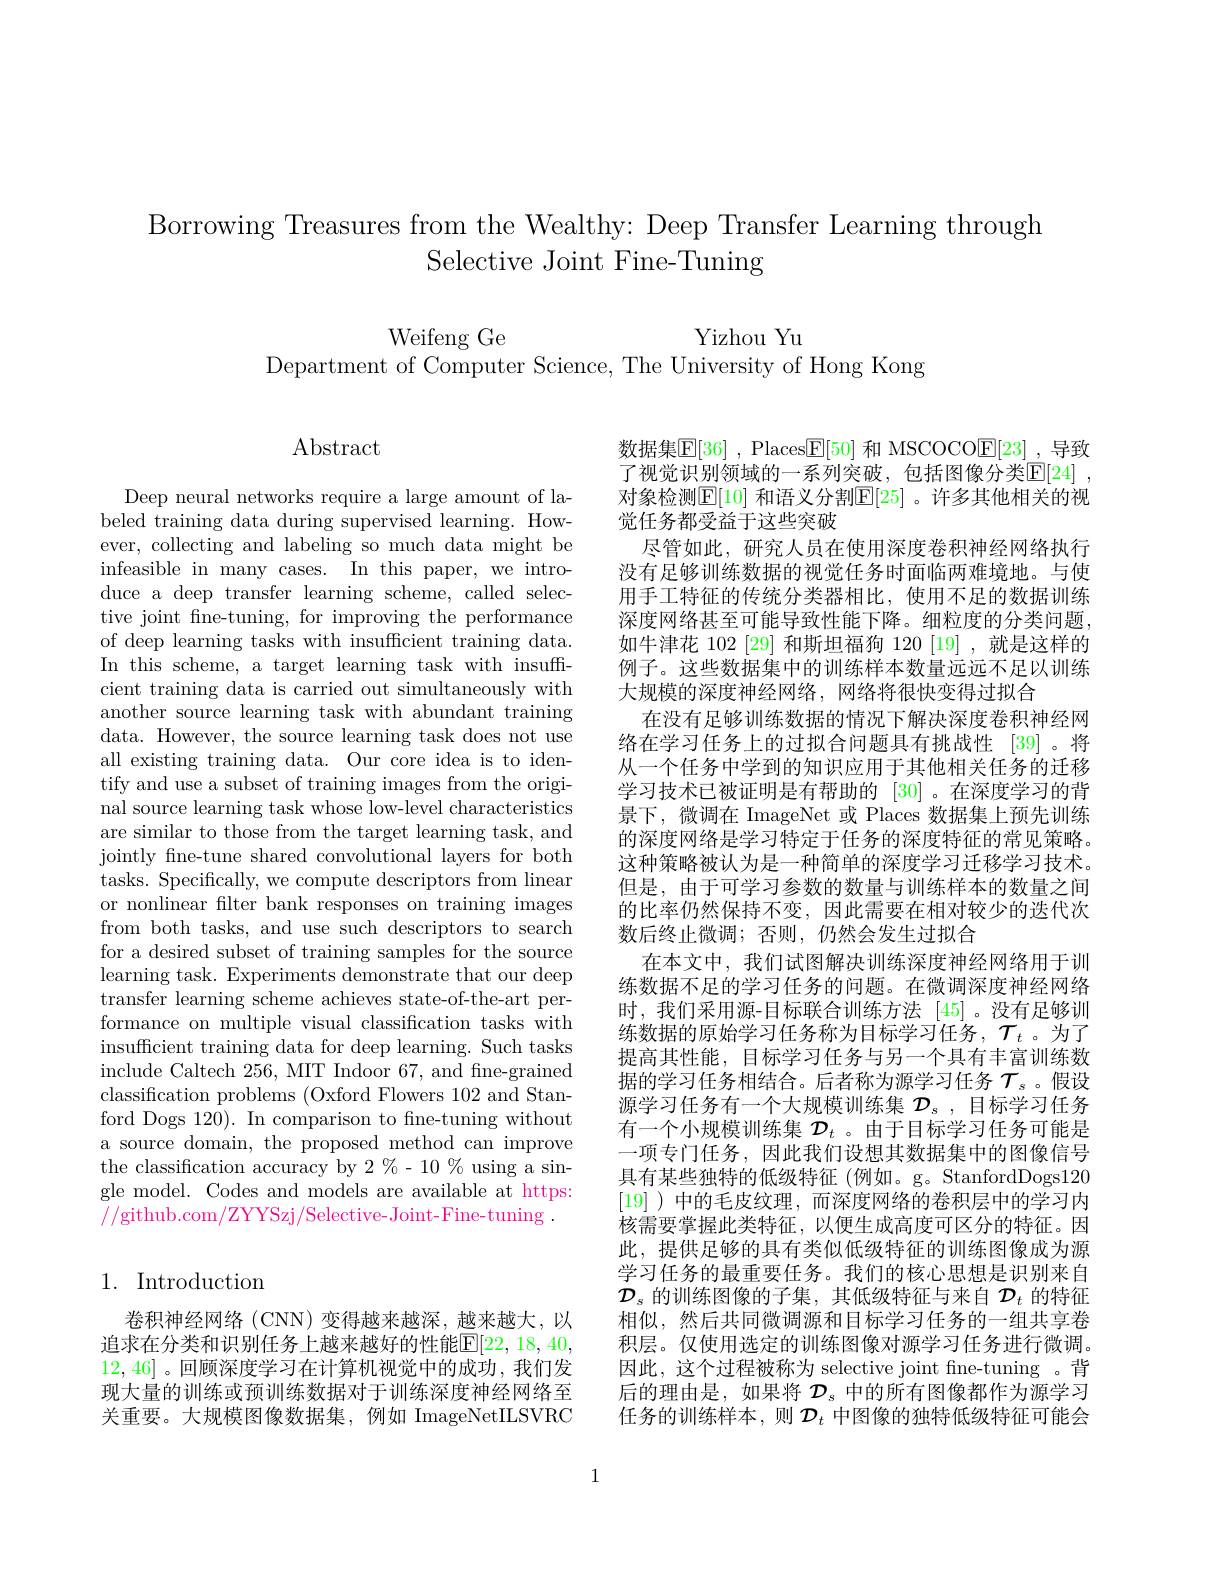
Borrowing Treasures from the Wealthy: Deep Transfer Learning through
Selective Joint Fine-Tuning

Yizhou Yu

Weifeng Ge
Department of Computer Science, The University of Hong Kong

$\operatorname{Abstract}$

Deep neural networks require a large amount of labeled training data during supervised learning. However, collecting and labeling so much data might be infeasible in many cases. In this paper, we introduce a deep transfer learning scheme, called selective joint fine-tuning, for improving the performance of deep learning tasks with insufficient training data. In this scheme, a target learning task with insuffcient training data is carried out simultaneously with another source learning task with abundant training data. However, the source learning task does not use all existing training data. Our core idea is to identify and use a subset of training images from the original source learning task whose low-level characteristics are similar to those from the target learning task, and jointly fne-tune shared convolutional layers for both tasks. Specifically, we compute descriptors from linear or nonlinear filter bank responses on training images from both tasks, and use such descriptors to search for a desired subset of training samples for the source learning task. Experiments demonstrate that our deep transfer learning scheme achieves state-of-the-art performance on multiple visual classification tasks with insufficient training data for deep learning. Such tasks include Caltech 256, MIT Indoor 67, and fne-grained classification problems (Oxford Flowers 102 and Stanford Dogs 120). In comparison to fne-tuning without a source domain, the proposed method can improve the classification accuracy by $2\%-10\%$ using a single model. Codes and models are available at https: //github.com/ZYYSzj/Selective-Joint-Fine-tuning .

## 1. Introduction

卷积神经网络(CNN)变得越来越深，越来越大，以追求在分类和识别任务上越来越好的性能$\mathbb{E}[22,18,40$, 12,46] 。回顾深度学习在计算机视觉中的成功，我们发现大量的训练或预训练数据对于训练深度神经网络至关重要。大规模图像数据集，例如 ImageNetILSVRC

数据集$\boxed{\mathbb{F}}[36]$ ,Places$\boxed{\mathbb{F}}[50]$ 和 MSCOCO$\boxed{\mathbb{E}}[23]$ ,导致了视觉识别领域的一系列突破，包括图像分类$\mathbb{E}[24]$ , 对象检测$\mathbb{E}[10]$ 和语义分割$\mathbb{E}[25]$ 。许多其他相关的视觉任务都受益于这些突破
尽管如此，研究人员在使用深度卷积神经网络执行没有足够训练数据的视觉任务时面临两难境地。与使用手工特征的传统分类器相比，使用不足的数据训练深度网络甚至可能导致性能下降。细粒度的分类问题如牛津花 102 [29] 和斯坦福狗 120 [19] ,就是这样的例子。这些数据集中的训练样本数量远远不足以训练大规模的深度神经网络，网络将很快变得过拟合
在没有足够训练数据的情况下解决深度卷积神经网络在学习任务上的过拟合问题具有挑战性 [39]。将从一个任务中学到的知识应用于其他相关任务的迁移学习技术已被证明是有帮助的[30] 。在深度学习的背景下，微调在 ImageNet 或 Places 数据集上预先训练的深度网络是学习特定于任务的深度特征的常见策略。这种策略被认为是一种简单的深度学习迁移学习技术。但是，由于可学习参数的数量与训练样本的数量之间的比率仍然保持不变，因此需要在相对较少的迭代次数后终止微调；否则，仍然会发生过拟合
在本文中，我们试图解决训练深度神经网络用于训练数据不足的学习任务的问题。在微调深度神经网络时，我们采用源-目标联合训练方法[45] 。没有足够训练数据的原始学习任务称为目标学习任务，$\mathcal{T}_t$。为了提高其性能，目标学习任务与另一个具有丰富训练数据的学习任务相结合。后者称为源学习任务$\mathcal{T}_s$ 。假设源学习任务有一个大规模训练集$\mathcal{D}_s$,目标学习任务有一个小规模训练集$\mathcal{D}_t$ 。由于目标学习任务可能是一项专门任务，因此我们设想其数据集中的图像信号具有某些独特的低级特征 (例如。g。StanfordDogs120 [19] )中的毛皮纹理，而深度网络的卷积层中的学习内核需要掌握此类特征，以便生成高度可区分的特征。因此，提供足够的具有类似低级特征的训练图像成为源学习任务的最重要任务。我们的核心思想是识别来自$\mathcal{D}_s$的训练图像的子集，其低级特征与来自$\mathcal{D}_t$的特征相似，然后共同微调源和目标学习任务的一组共享卷积层。仅使用选定的训练图像对源学习任务进行微调。因此，这个过程被称为 selective joint fine-tuning 。背后的理由是，如果将$\mathcal{D}_s$中的所有图像都作为源学习任务的训练样本，则$\mathcal{D}_t$中图像的独特低级特征可能会

1